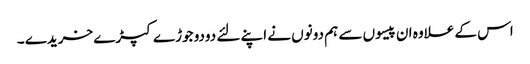
اس کے علاوہ ان پیسوں سے ہم دونوں نے اپنے لئے دودو جوڑے کپڑے خریدے ۔